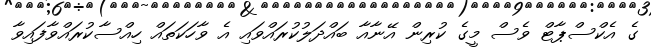
ގެ އެކްސްޕާޓް ވެސް މީގެ ކުރިން އޭނާއާ ބައްދަލުކުރައްވައި އެ ވާހަކަތައް ހިއްސާކުރައްވާފައިވާ